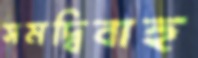
সমদ্বিবাহু